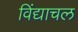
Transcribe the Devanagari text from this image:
विंद्याचल